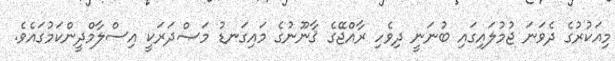
މިއަކުރުގެ ދެވަނަ ޖުމުލައިގައި ބުނަނީ ދިވެހި ރާއްޖޭގެ ޤާނޫނުގެ މައިގަނޑު މަޞްދަރަކީ އިސްލާމްދީންކަމުގައެވެ.